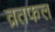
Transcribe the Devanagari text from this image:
व्रतफल